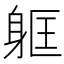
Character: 𮜳